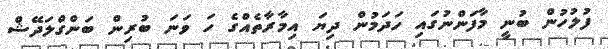
ފުލުހުން ބުނީ މާފަންނުގައި ހަދަމުން ދިޔަ އިމާރާތެއްގެ ހަ ވަނަ ބުރިން ބަންގްލަދޭޝް